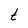
Character: t